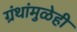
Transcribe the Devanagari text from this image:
ग्रंथांमुळेही